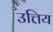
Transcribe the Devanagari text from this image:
उत्तिय